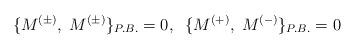
LaTeX: \begin{align*}\{M^{(\pm)}, \; M^{(\pm)}\}_{P.B.}=0, \;\; \{M^{(+)}, \; M^{(-)}\}_{P.B.}=0\end{align*}